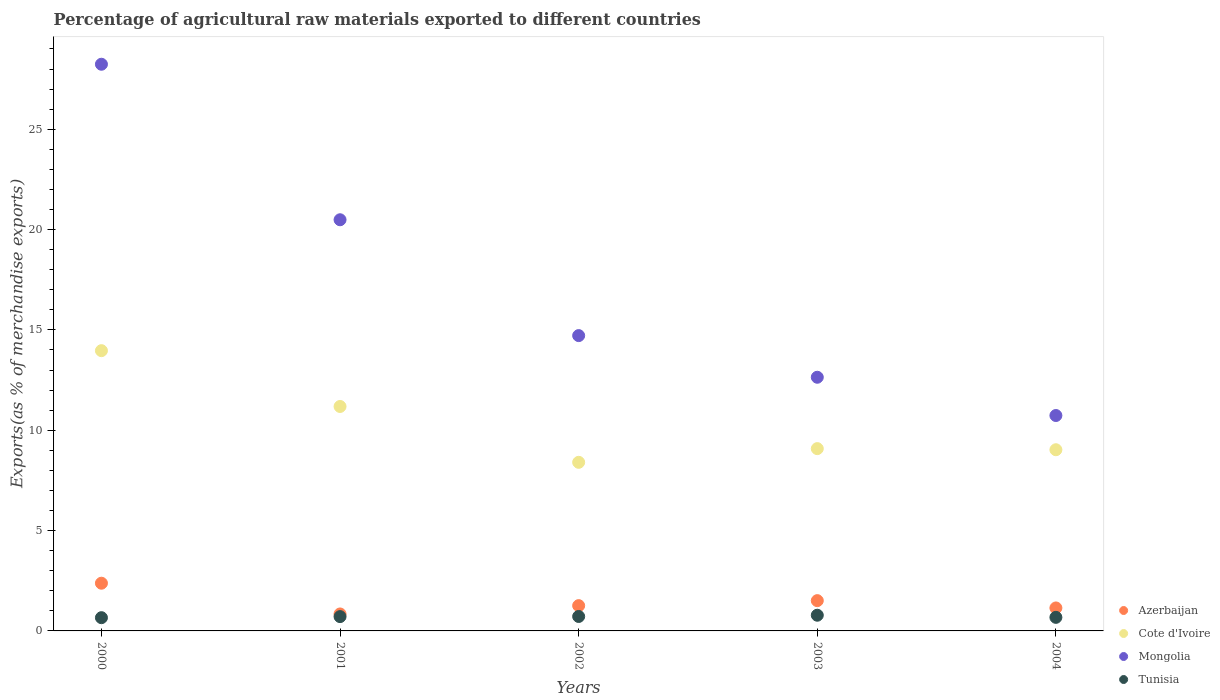
| Years | Azerbaijan | Cote d'Ivoire | Mongolia | Tunisia |
 | --- | --- | --- | --- | --- |
 | 2000 | 2.38 | 14 | 28.2 | 0.66 |
 | 2001 | 0.845 | 11.2 | 20.5 | 0.713 |
 | 2002 | 1.26 | 8.4 | 14.7 | 0.72 |
 | 2003 | 1.51 | 9.08 | 12.6 | 0.782 |
 | 2004 | 1.15 | 9.03 | 10.7 | 0.676 |